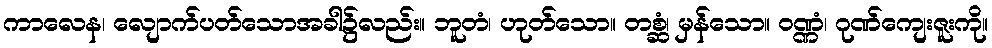
ကာလေန၊ လျောက်ပတ်သောအခါ၌လည်း။ ဘူတံ၊ ဟုတ်သော။ တစ္ဆံ၊ မှန်သော။ ဝဏ္ဏံ၊ ဂုဏ်ကျေးဇူးကို။